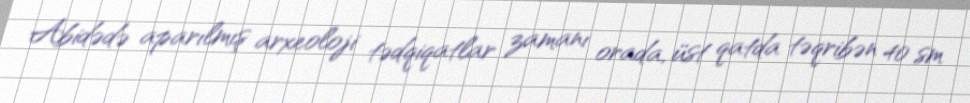
Abidədə aparılmış arxeoloji tədqiqatlar zamanı orada, üst qatda təqribən 40 sm